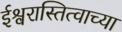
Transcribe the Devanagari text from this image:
ईश्वरास्तित्वाच्या